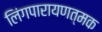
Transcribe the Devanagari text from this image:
लिंगपारायणत्मक